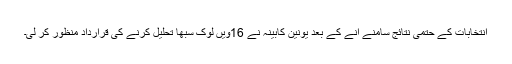
انتخابات کے حتمی نتائج سامنے آنے کے بعد یونین کابینہ نے 16ویں لوک سبھا تحلیل کرنے کی قرارداد منظور کر لی۔